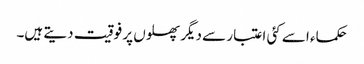
حکماء اسے کئی اعتبار سے دیگر پھلوں پر فوقیت دیتے ہیں۔